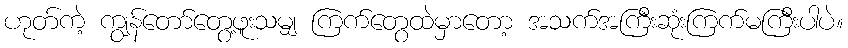
ဟုတ်ကဲ့ ကျွန်တော်တွေ့ဖူးသမျှ ကြက်တွေထဲမှာတော့ အသက်အကြီးဆုံးကြက်မကြီးပါပဲ။